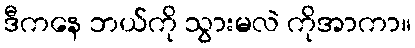
ဒီကနေ ဘယ်ကို သွားမလဲ ကိုအာကာ။